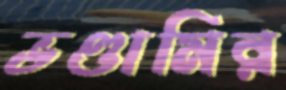
ভণ্ডামির